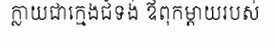
ក្លាយជាក្មេងជំទង់ ឪពុកម្តាយរបស់